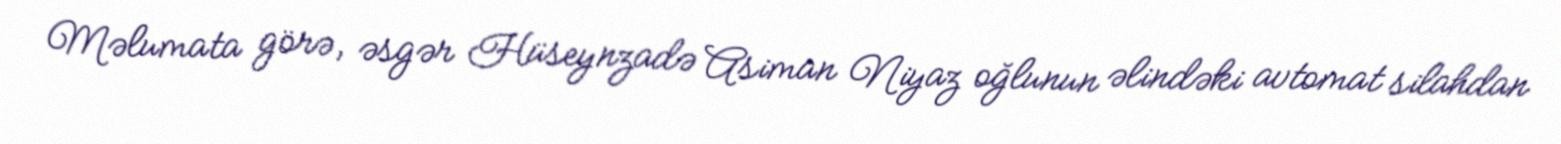
Məlumata görə, əsgər Hüseynzadə Asiman Niyaz oğlunun əlindəki avtomat silahdan